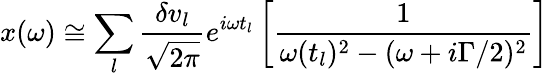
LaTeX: x(\omega)\cong\sum_{l}\frac{\delta v_{l}}{\sqrt{2\pi}}e^{i\omega t_{l}}\left[\frac{1}{\omega(t_{l})^{2}-(\omega+i\Gamma/2)^{2}}\right]